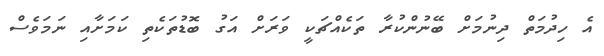
އެ ހިދުމަތް ދިނުމަށް ބޭނުންކުރާ ތަކެއްޗަކީ ވަރަށް އަގު ބޮޑުތަކެތި ކަމަށާއި ނަމަވެސް